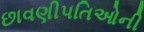
છાવણીપતિઓની